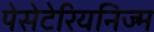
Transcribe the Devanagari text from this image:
पेसेटेरियनिज्म